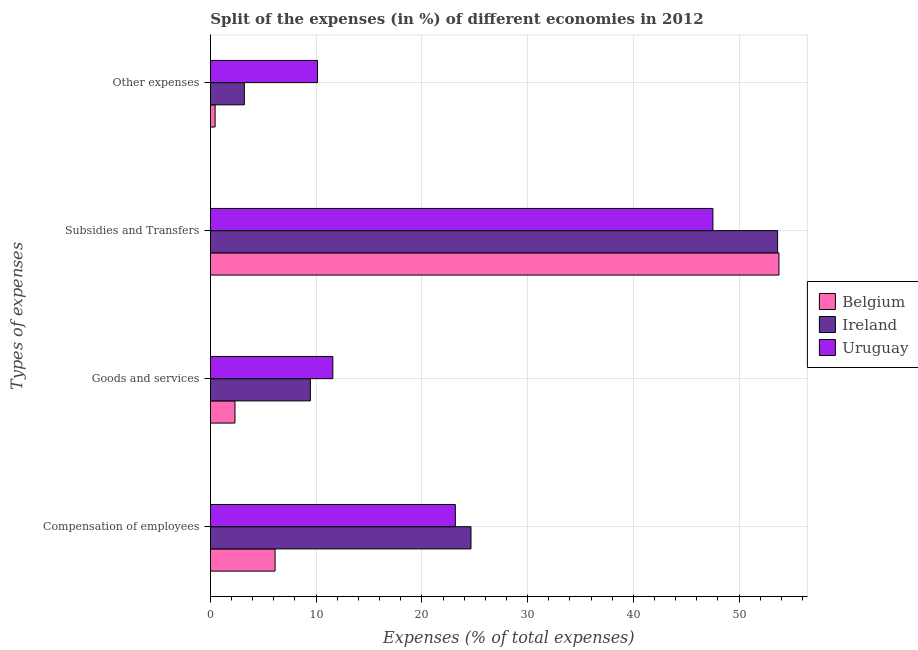
| Types of expenses | Belgium | Ireland | Uruguay |
 | --- | --- | --- | --- |
 | Compensation of employees | 6.12 | 24.6 | 23.2 |
 | Goods and services | 2.33 | 9.46 | 11.6 |
 | Subsidies and Transfers | 53.8 | 53.6 | 47.5 |
 | Other expenses | 0.446 | 3.21 | 10.1 |